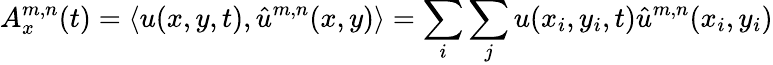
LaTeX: A_{x}^{m,n}(t)=\langle u(x,y,t),\hat{u}^{m,n}(x,y)\rangle=\sum_{i}\sum_{j}u(x_{i},y_{i},t)\hat{u}^{m,n}(x_{i},y_{i})